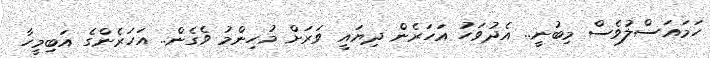
ހަމައަސްލުވެސް މިބުނީ.. އެދުވަހު އަހަރެން ދިޔައީ ވަރަށް މުހިންމު ވެގެން.. އަހަރެންގެ އަބިމީހާ